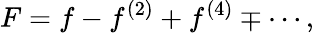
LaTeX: F=f-f^{(2)}+f^{(4)}\mp\cdots,